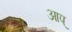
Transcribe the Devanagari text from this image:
आप्